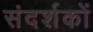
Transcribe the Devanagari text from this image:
संदर्शकों